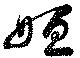
姮